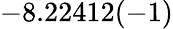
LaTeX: -8.22412(-1)